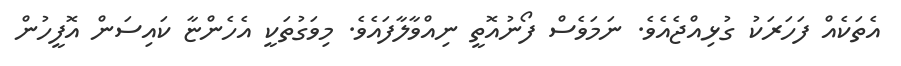
އެތަކެއް ފަހަރަކު ގުޅިއްޖެއެވެ. ނަމަވެސް ފޯނުއޮތީ ނިއްވާލާފައެވެ. މިވަގުތަކީ އެހެންޏާ ކައިސަން އޮފީހުން